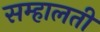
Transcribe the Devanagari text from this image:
सम्हालती